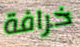
خرافة